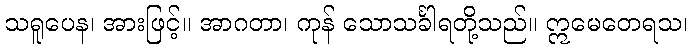
သရူပေန၊ အားဖြင့်။ အာဂတာ၊ ကုန် သောသင်္ခါရတို့သည်။ ဣမေတေရသ၊